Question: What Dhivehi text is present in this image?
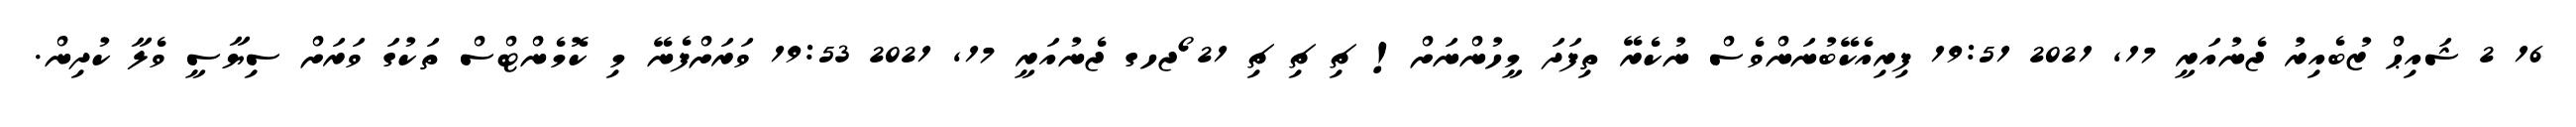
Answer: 16 2 ޝައިޙް ޒުބެއިރު ޖެނުއަރީ 17, 2021 19:51 ފިރިއެކޭބުނަންވެސް ނުކެރޭ ތިފަދަ މީހުންނަށް! ޗި ޗި ޗި 21 ޯޖހގ ޖެނުއަރީ 17, 2021 19:53 ވަރަށްފެނޭ މި ކޮމެންޓްސް ތަކުގަ ވަރަށް ސިޔާސީ ވެލާ ކުދިން.